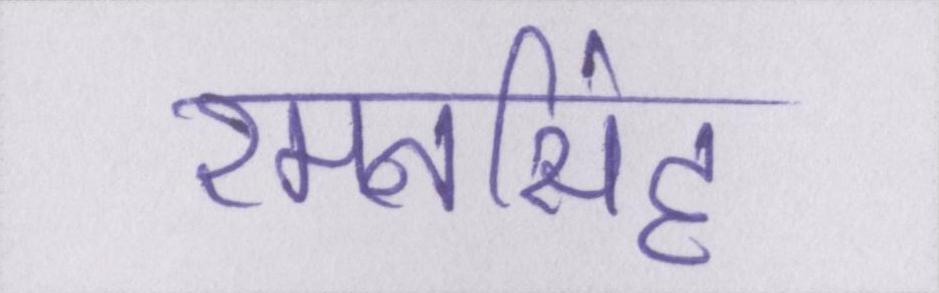
रमनसिंह